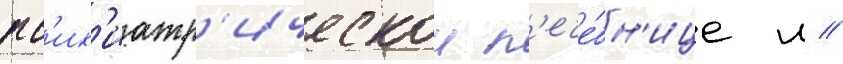
пс'их'иатр'ическои л'ече́бн'ице м //